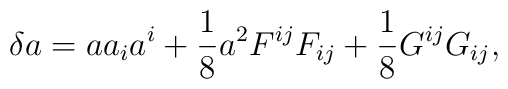
\delta a =  a a_{i} a^{i}+ \frac{1}{8} a^{2} F^{ij} F_{ij} + \frac{1}{8} G^{ij} G_{ij},